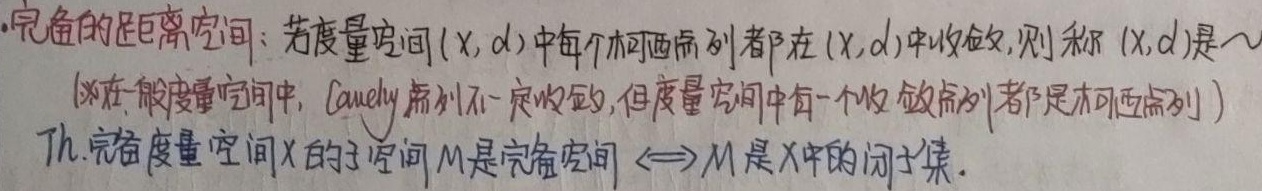
- 完备的距离空间：若度量空间\((X, d)\)中每个柯西序列都在\((X, d)\)中收敛，则称\((X, d)\)是一个（※在一般度量空间中，Cauchy 序列不一定收敛，但度量空间中每一个收敛序列都是柯西序列）

Th. 完备度量空间\(X\)的子空间\(M\)是完备空间\(\Leftrightarrow M\)是\(X\)中的闭子集。